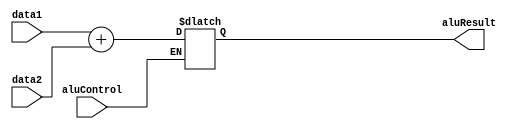
`timescale 1ns / 1ps
//////////////////////////////////////////////////////////////////////////////////
// Company: 
// Engineer: 
// 
// Design Name: 
// Module Name: ALU
// Project Name: 
// Target Devices: 
// Tool Versions: 
// Description: 
// 
// Dependencies: 
// 
// Revision:
// Revision 0.01 - File Created
// Additional Comments:
// 
//////////////////////////////////////////////////////////////////////////////////


module ALU(
  input  aluControl,
  input [7:0] data1,
  input [7:0] data2,
  output reg [7:0] aluResult
);

//aluControl tells if you need to add or not 
always @(*)
  begin
    if(aluControl)
        aluResult = data1 + data2;
  end

endmodule